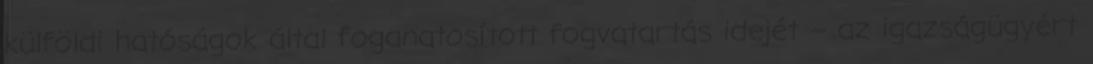
külföldi hatóságok által foganatosított fogvatartás idejét – az igazságügyért